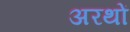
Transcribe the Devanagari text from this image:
अरथों